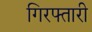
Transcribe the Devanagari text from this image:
गिरफ्तारी